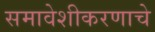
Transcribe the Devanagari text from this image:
समावेशीकरणाचे